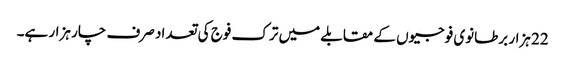
22 ہزار برطانوی فوجیوں کے مقابلے میں ترک فوج کی تعداد صرف چار ہزار ہے۔